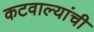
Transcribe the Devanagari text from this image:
कटवाल्यांची